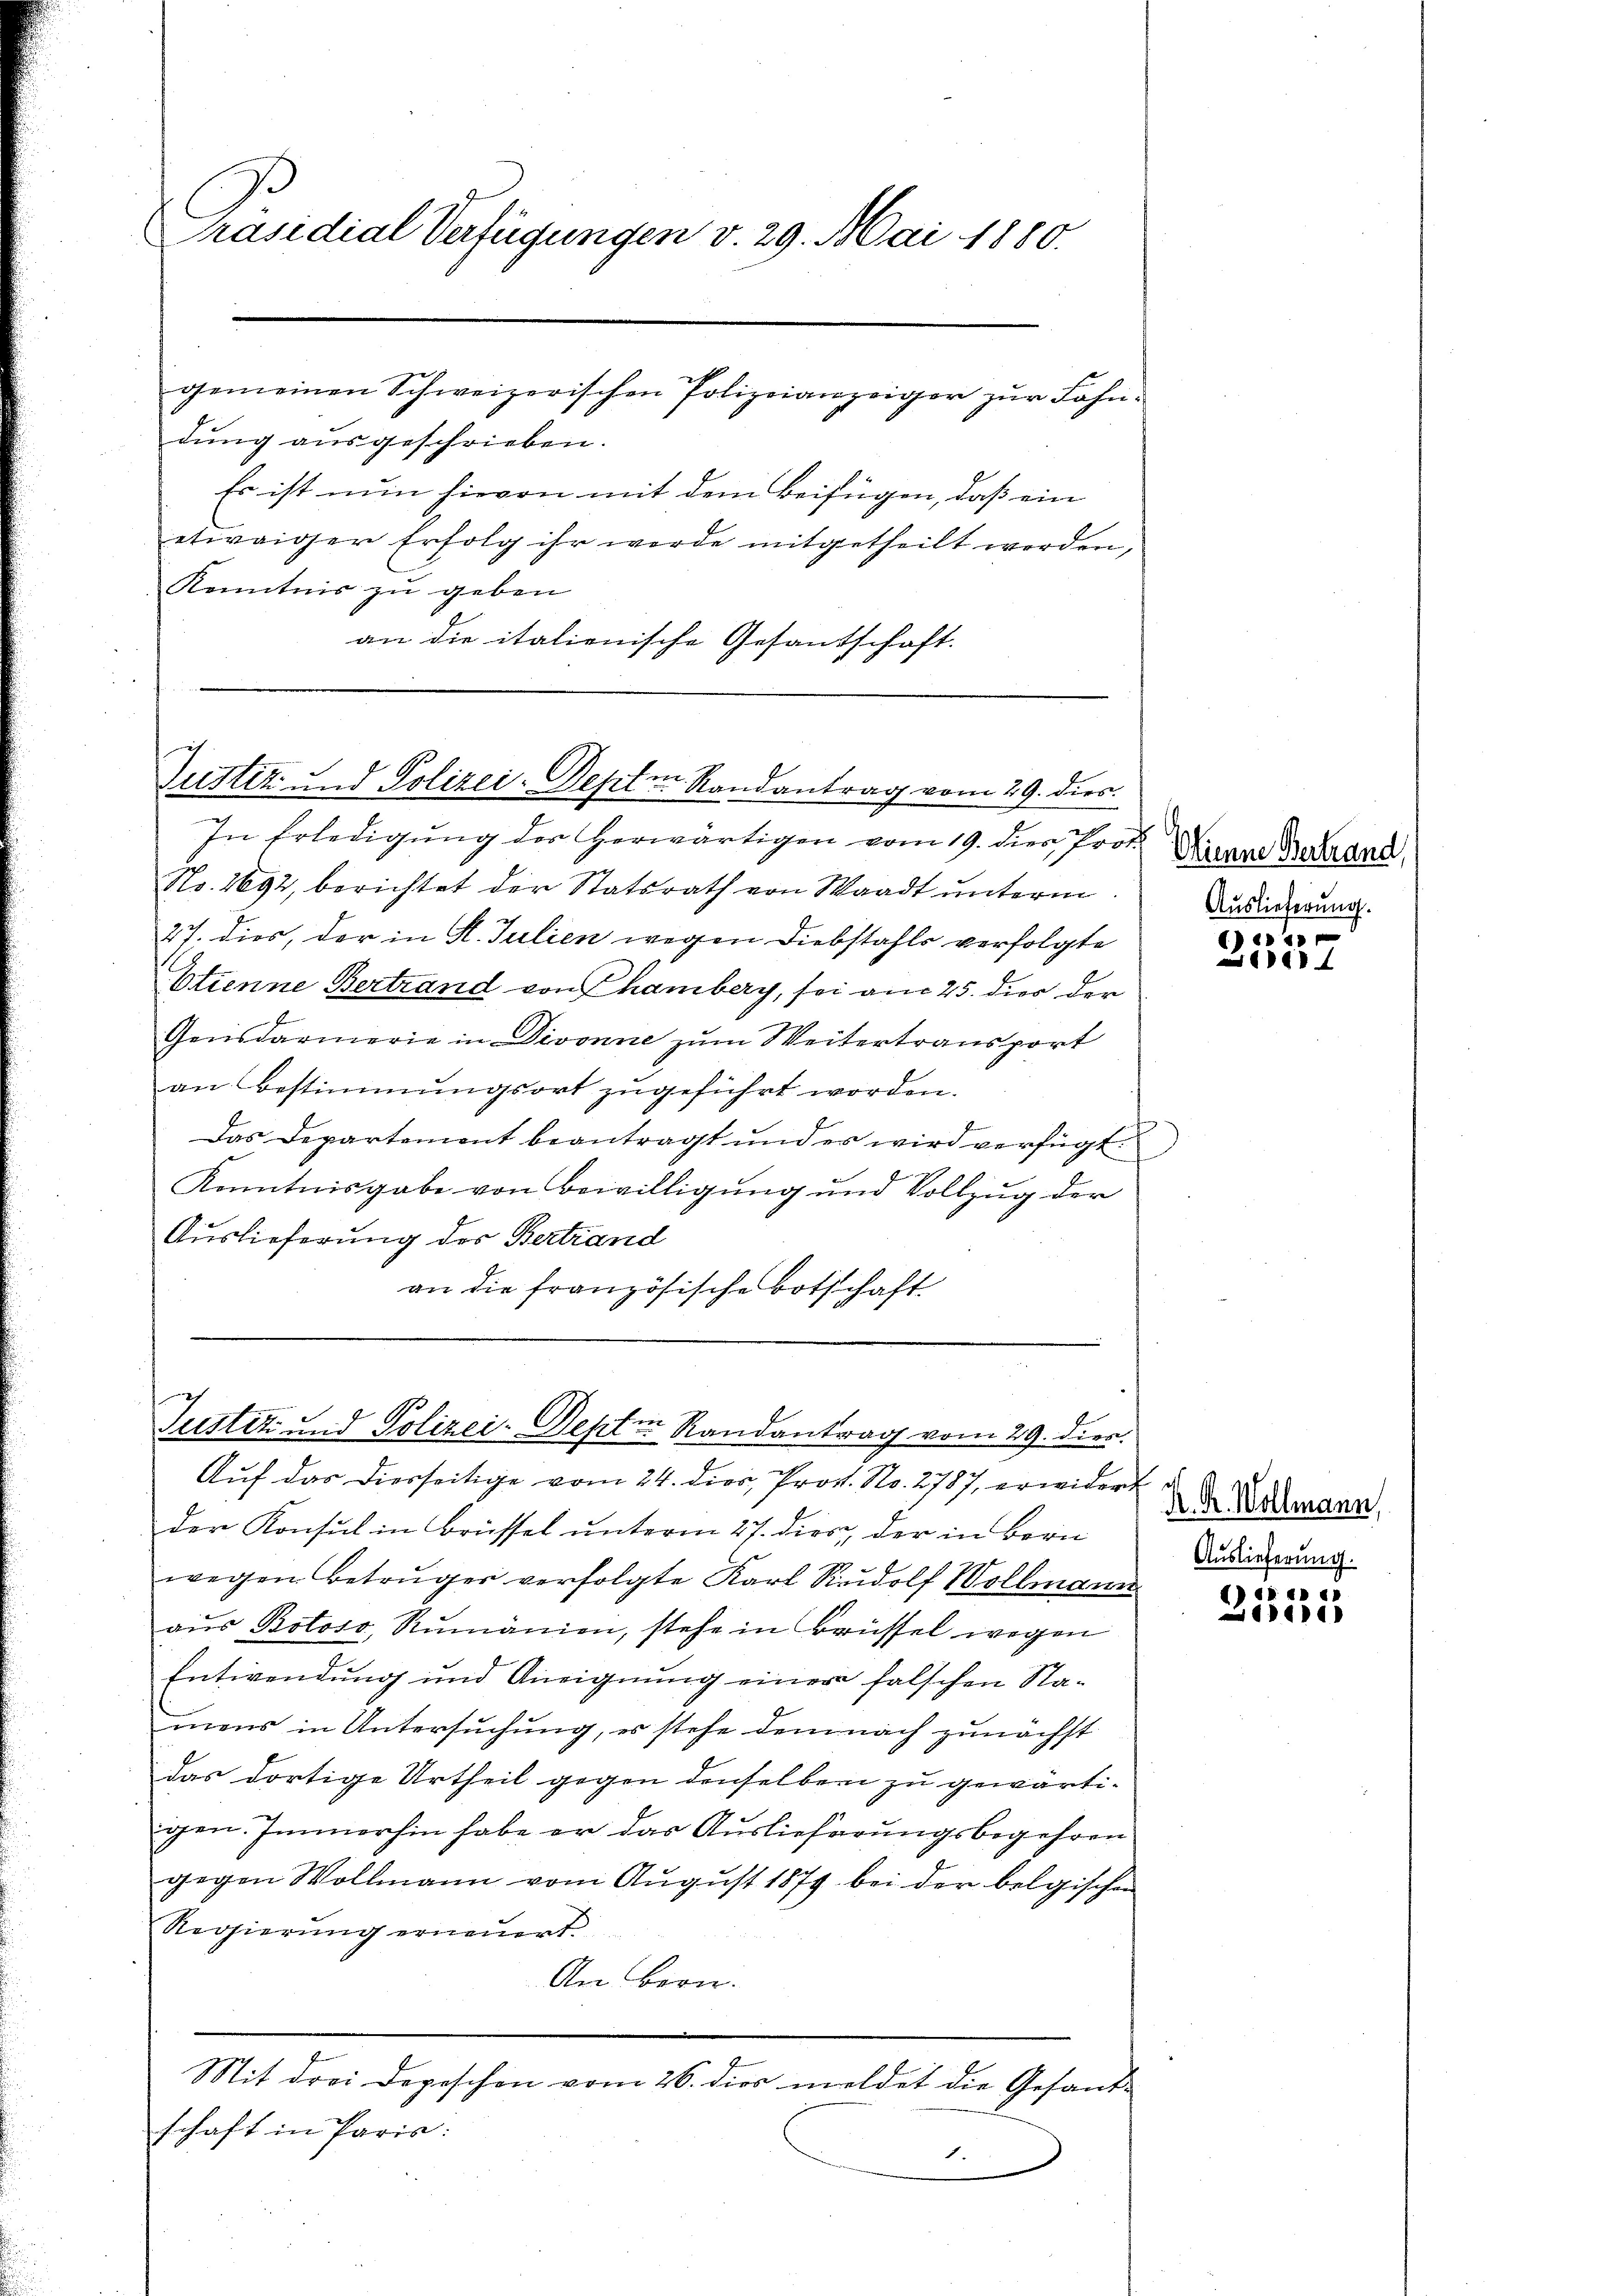
Präsidial Verfügungen v. 29. Mai 1880.

dung ausgeschrieben.
Es ist nun hievon mit dem Beifügen, daß ein
etwaiger Erfolg ihr werde mitgetheilt werden,
Kenntnis zu geben
an die italienische Gesandschaft.

gemeinen Schweizerischen Polizeianzeiger zŭr Bahn-

Justiz und Polizei-Septen Randantrag vom 29. dies

In Erledigung des herwärtigen vom 19. dies Prof.
No. 1692, berichtet der Statsrath von Waadt unterm
27. dies, der in St. Julien wegen Diebstahls verfolgte
Etienne Bertrand von Chamberg, sei am 25. dies der
Gensdarmerie in Divonne zum Weitertransport
an Bestimmungsort zugeführt worden.
Das Departement beantragt und es wird verfügt:
Kenntnisgabe von Bewilligung und Vollzug der
Auslieferung des Bertrand
an die französische Botschaft

Justiz und Polizei- Septen Randantrag vom 29. dies.

Auf das Dierseitige vom 24. dies, Prof. No. 2787, erwidert
der Konsul in Brüssel unterm 27. dies, der in Bern
wegen Betrüger verfolgte Karl Rudolf Wollmann
aus Botoso, Rumänien, stehe in Brüssel wegen
Entwendung und Aneignung einer falschen Namens in Untersuchung, er stehe demnach zunächst
das dortige Urtheil gegen denselben zu gewärtigen. Immerhin habe er das Auslieferungsbegehren
gegen Wollmann vom August 1879 bei der belgischen
Regierung erneuert.
An Bern.
Mit drei Depeschon vom 26. dies meldet die Gesandschaft in Paris:
.

Minne Bertrand,
Auslieferung.

) 11
184

K. R. Wollmann
Auslieferung.

1) ei
)